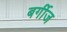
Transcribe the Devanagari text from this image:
बर्गीज